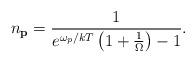
LaTeX: \begin{align*}n_{\bf p} = {1 \over e^{\omega_p /kT}\left( 1 + {1 \over \Omega} \right) - 1}.\end{align*}